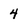
Character: 4